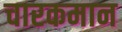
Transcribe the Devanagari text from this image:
चारकमान